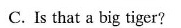
C. Is that a big tiger?